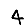
Digit: 4